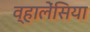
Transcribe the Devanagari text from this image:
व्हालेंसिया